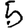
Digit: 5